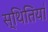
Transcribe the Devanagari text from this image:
स्थितिया॑